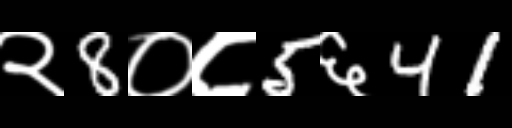
Text: २8०८5६41